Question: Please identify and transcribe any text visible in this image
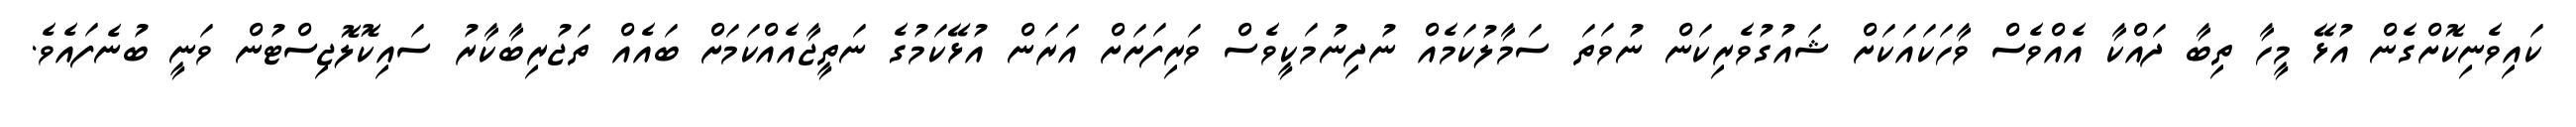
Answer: ކައިވެނިކޮށްގެން އުޅޭ މީހާ ތިބާ ދައްކާ އެއްވެސް ވާހަކައަކަށް ޝައުގުވެރިކަން ނުވަތަ ސަމާލުކަމެއް ނުދިނުމަކީވެސް ވަރިފަށަށް އަރަން އުޅޭކަމުގެ ނަތީޖާއެއްކަމަށް ބައެއް ތަޖުރިބާކާރު ސައިކޮލޮޖިސްޓުން ވަނީ ބުނެފައެވެ.